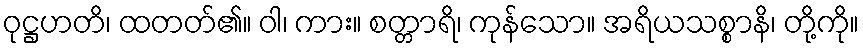
ဝုဋ္ဌဟတိ၊ ထတတ်၏။ ဝါ၊ ကား။ စတ္တာရိ၊ ကုန်သော။ အရိယသစ္စာနိ၊ တို့ကို။